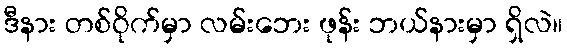
ဒီနား တစ်ဝိုက်မှာ လမ်းဘေး ဖုန်း ဘယ်နားမှာ ရှိလဲ။